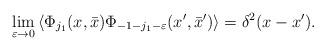
LaTeX: \begin{align*}\lim_{\varepsilon \rightarrow 0}\left\langle \Phi _{j_{1}}(x,\bar{x})\Phi_{-1-j_{1}-\varepsilon }(x^{\prime },\bar{x}^{\prime })\right\rangle=\delta^2 (x-x^{\prime }).\end{align*}